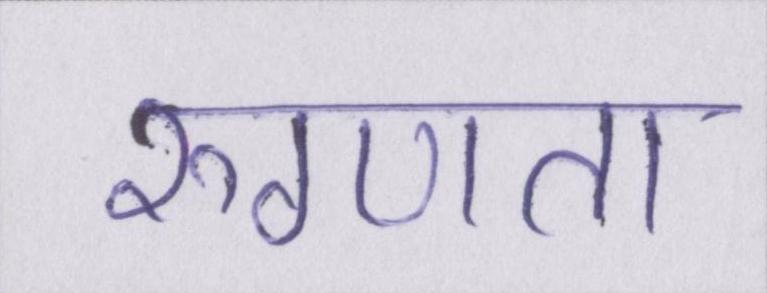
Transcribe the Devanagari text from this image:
रुग्णता